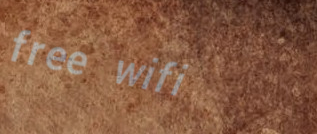
free wifi